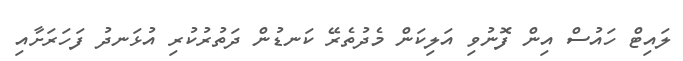
ލައިޓް ހައުސް އިން ފޮނުވި އަލިކަން މެދުތެރޭ ކަނޑުން ދަތުރުކުރި އުޅަނދު ފަހަރަށާއި